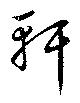
軒